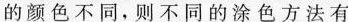
块的颜色不同，则不同的涂色方法有